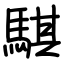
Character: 騏